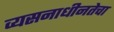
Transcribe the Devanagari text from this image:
व्यसनाधीनतेचा